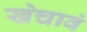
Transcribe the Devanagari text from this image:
खेचावं